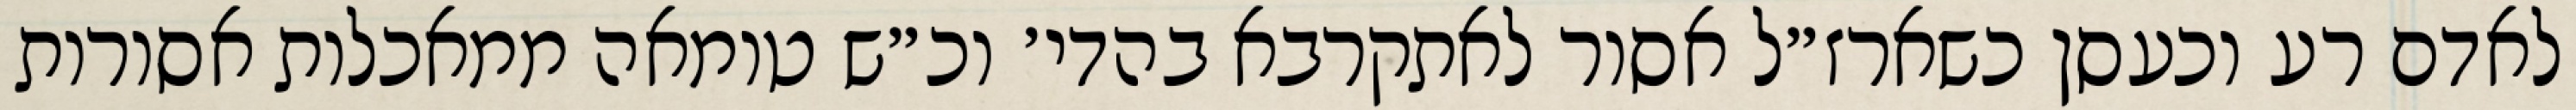
לאדם רע וכעסן כשארז״ל אסור לאתקרבא בהדי׳ וכ״ש טומאה ממאכלות אסורות